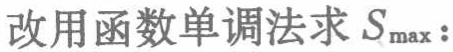
改用函数单调法求 \(S_{\max}\)：